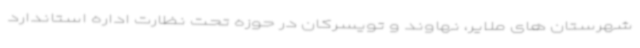
شهرستان های ملایر، نهاوند و تویسرکان در حوزه تحت نظارت اداره استاندارد